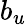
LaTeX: b_{u}